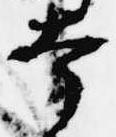
幸